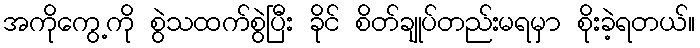
အကိုကွေ့ကို စွဲသထက်စွဲပြီး ခိုင် စိတ်ချုပ်တည်းမရမှာ စိုးခဲ့ရတယ်။